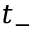
t _ { - }